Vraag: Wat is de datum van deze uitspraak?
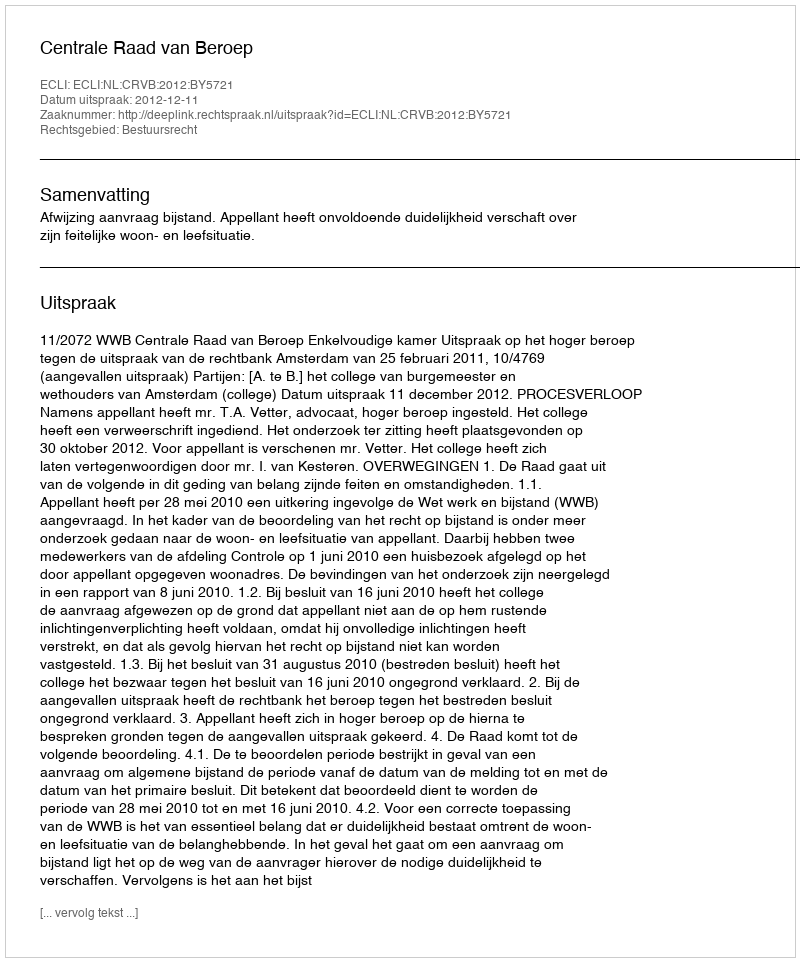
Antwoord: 2012-12-11